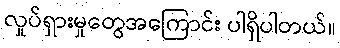
လှုပ်ရှားမှုတွေအကြောင်း ပါရှိပါတယ်။